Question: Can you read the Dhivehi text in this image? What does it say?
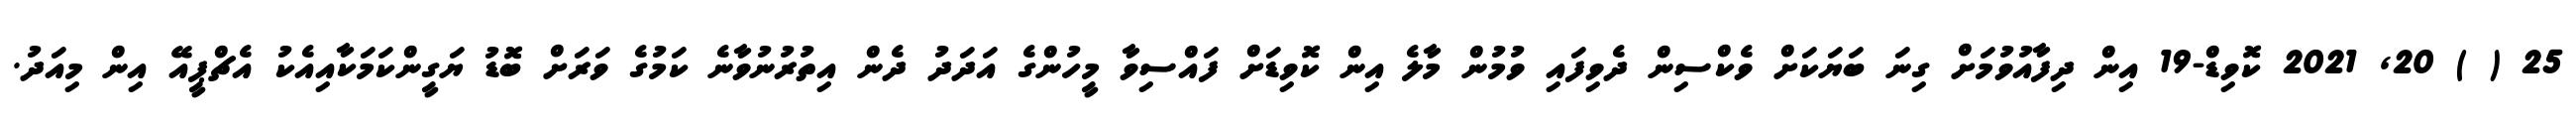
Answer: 25 ( ) 20, 2021 ކޮވިޑް-19 އިން ދިފާއުވުމަށް ގިނަ ބަޔަކަށް ވެކްސިން ދެވިފައި ވުމުން މާލެ އިން ކޮވިޑަށް ފައްސިވާ މީހުންގެ އަދަދު ދެން އިތުރުނުވާނެ ކަމުގެ ވަރަށް ބޮޑު ޔަގީންކަމަކާއިއެކު އެޗްޕީއޭ އިން މިއަދު.